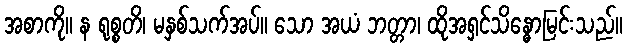
အစာကို။ န ရုစ္စတိ၊ မနှစ်သက်အပ်။ သော အယံ ဘတ္တာ၊ ထိုအရှင်သိန္ဓောမြင်းသည်။